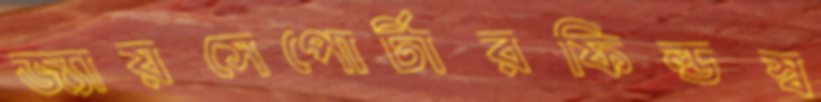
জ্যায়সেপোর্টারফিল্ডস্ব